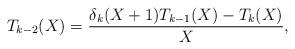
LaTeX: \begin{align*} T_{k-2}(X)=\frac{\delta_{k}(X+1) T_{k-1}(X) - T_{k}(X) }{X},\end{align*}